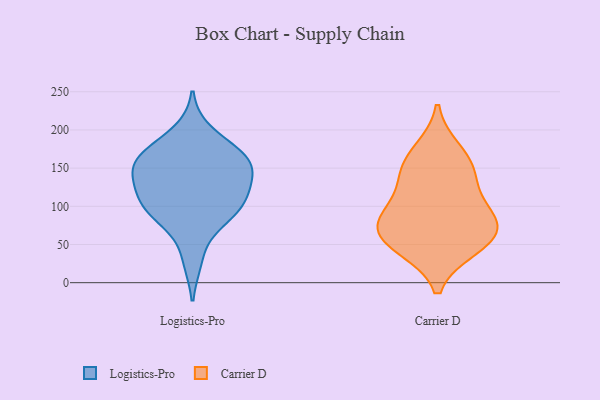
{"axis": {"x": "Shipments", "y": "Value"}, "legend": ["Carrier D", "Logistics-Pro"], "data": [{"x": "", "y": 163, "type": "Logistics-Pro"}, {"x": "", "y": 30, "type": "Logistics-Pro"}, {"x": "", "y": 164, "type": "Logistics-Pro"}, {"x": "", "y": 164, "type": "Logistics-Pro"}, {"x": "", "y": 138, "type": "Logistics-Pro"}, {"x": "", "y": 197, "type": "Logistics-Pro"}, {"x": "", "y": 81, "type": "Logistics-Pro"}, {"x": "", "y": 121, "type": "Logistics-Pro"}, {"x": "", "y": 153, "type": "Logistics-Pro"}, {"x": "", "y": 166, "type": "Logistics-Pro"}, {"x": "", "y": 89, "type": "Logistics-Pro"}, {"x": "", "y": 95, "type": "Logistics-Pro"}, {"x": "", "y": 112, "type": "Logistics-Pro"}, {"x": "", "y": 135, "type": "Logistics-Pro"}, {"x": "", "y": 104, "type": "Logistics-Pro"}, {"x": "", "y": 49, "type": "Carrier D"}, {"x": "", "y": 147, "type": "Carrier D"}, {"x": "", "y": 46, "type": "Carrier D"}, {"x": "", "y": 173, "type": "Carrier D"}, {"x": "", "y": 74, "type": "Carrier D"}, {"x": "", "y": 86, "type": "Carrier D"}, {"x": "", "y": 63, "type": "Carrier D"}, {"x": "", "y": 82, "type": "Carrier D"}, {"x": "", "y": 113, "type": "Carrier D"}, {"x": "", "y": 147, "type": "Carrier D"}]}